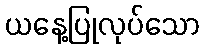
ယနေ့ပြုလုပ်သော